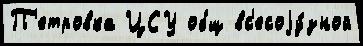
П'етровка ЦСУ общ вс'есоjу́зной